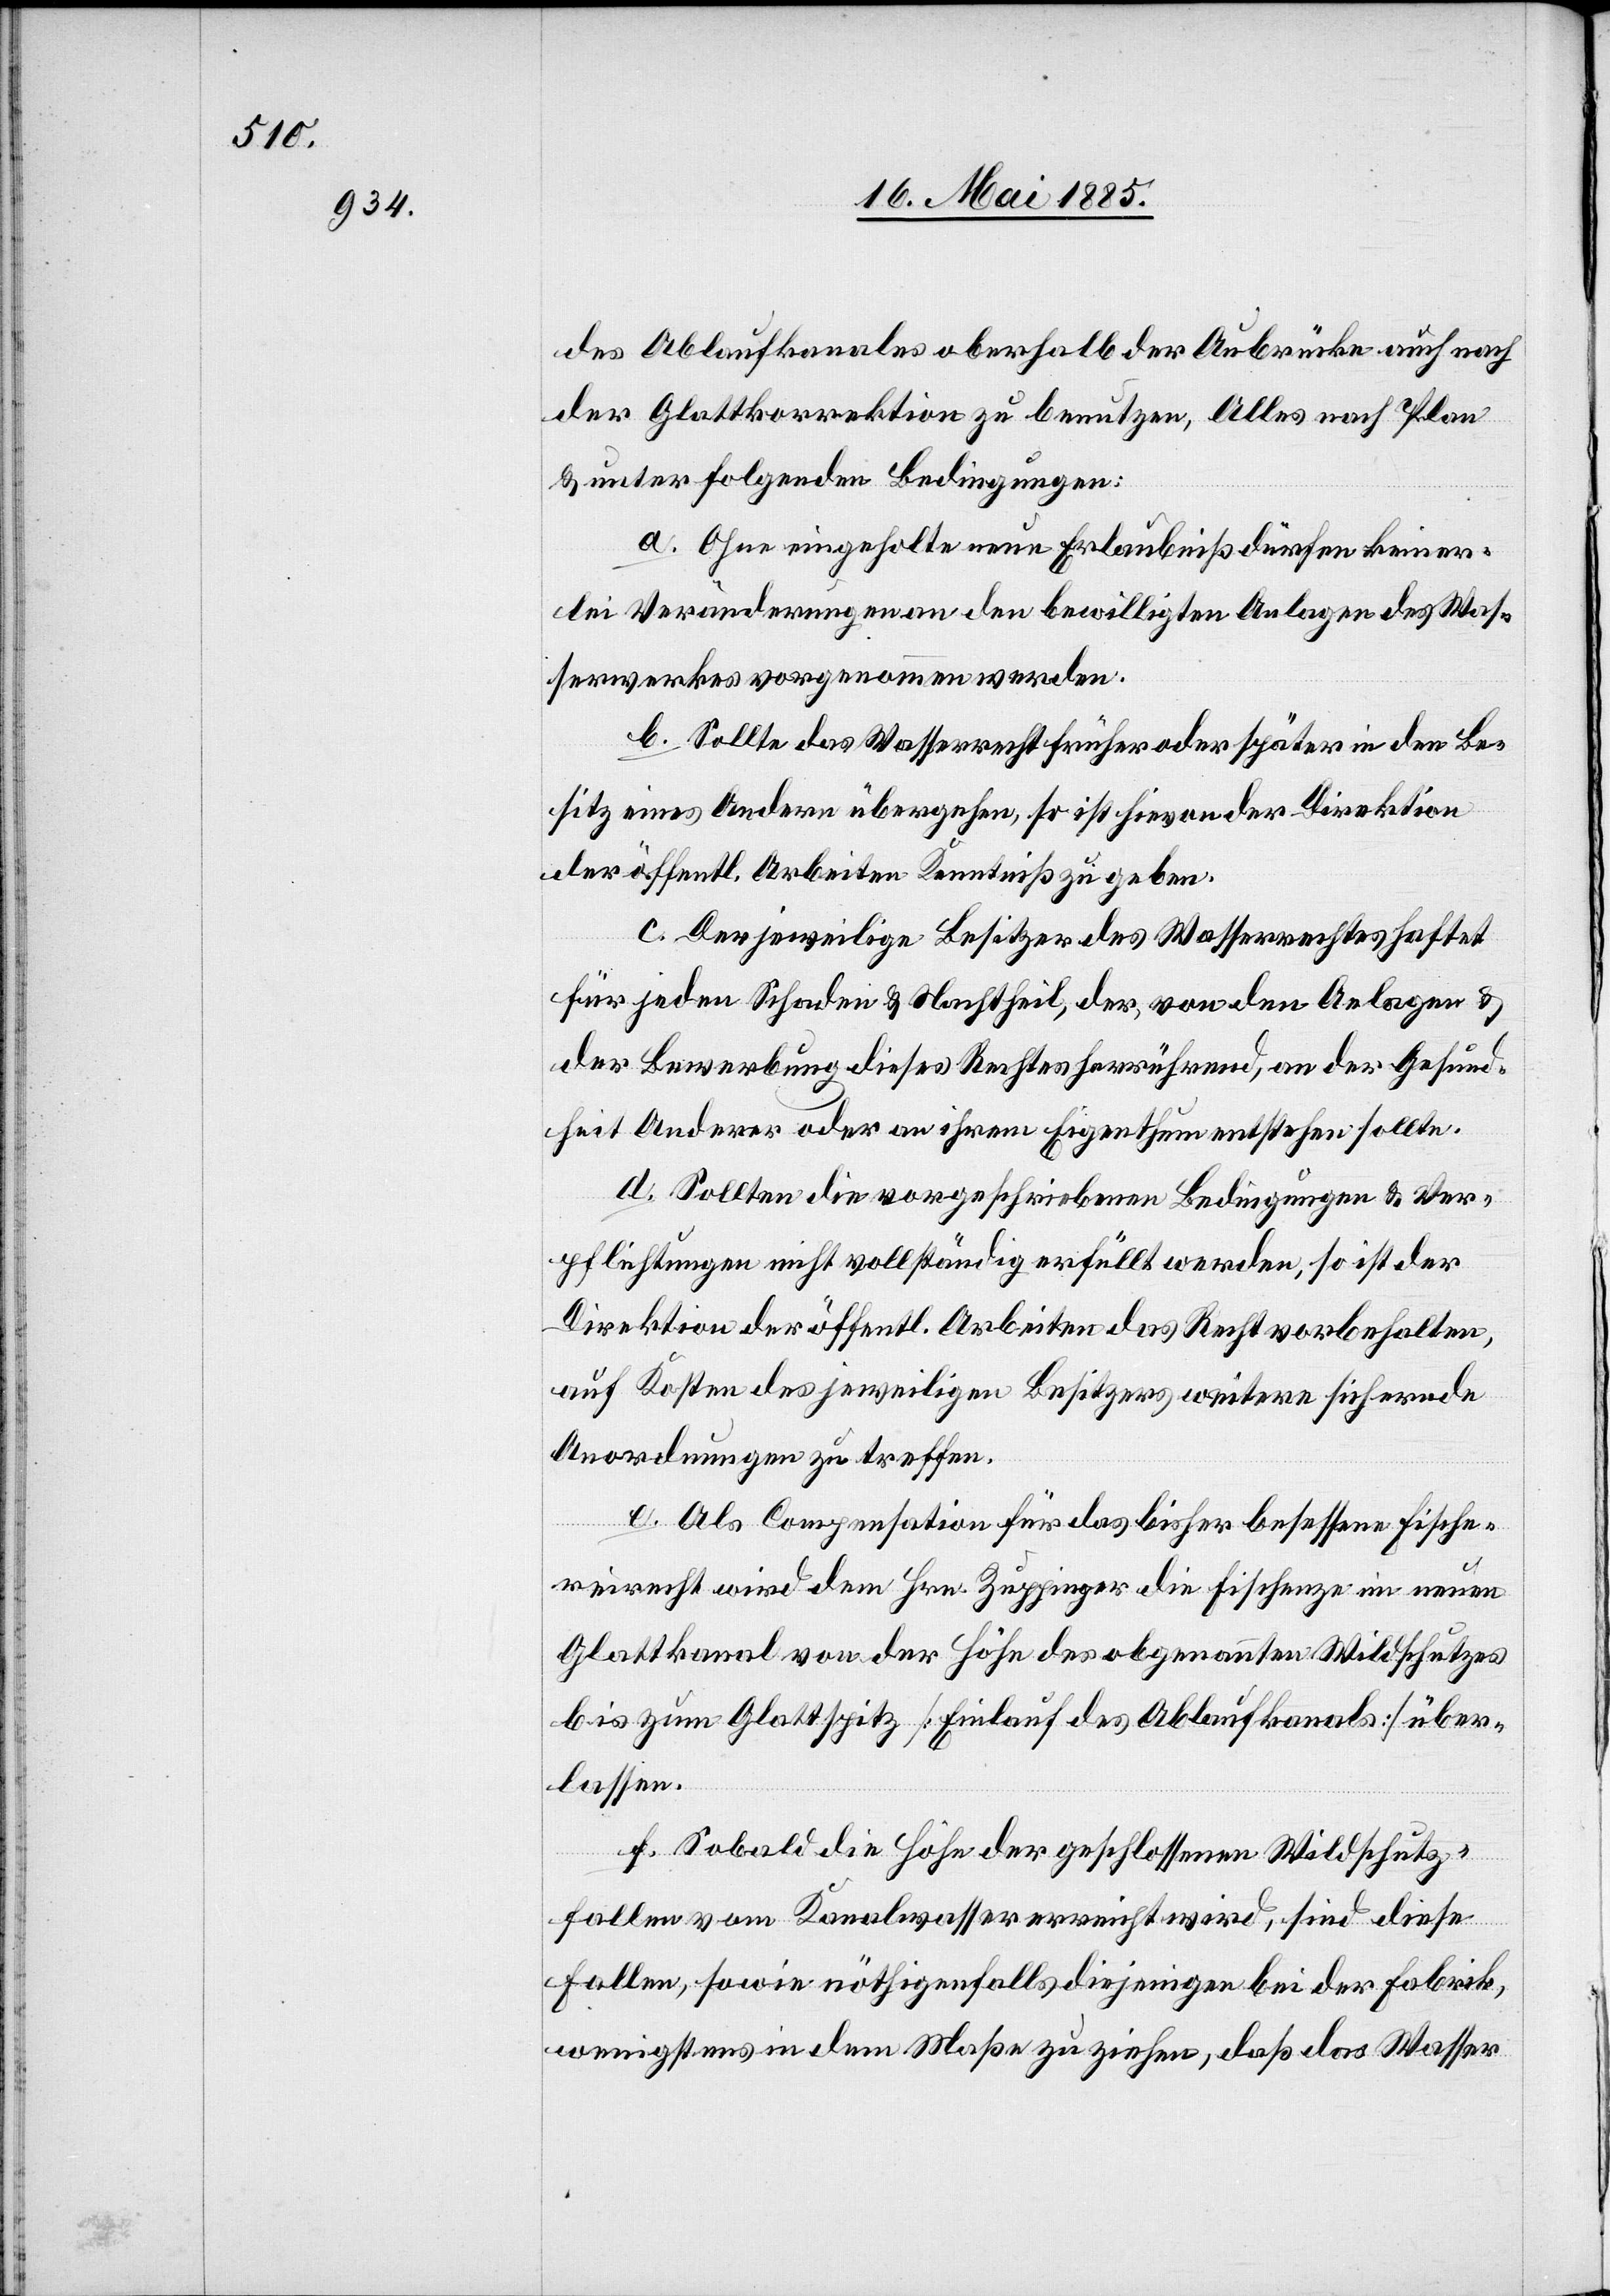
des Ablaufkanales oberhalb der Aubrücke auch nach
der Glattkorrektion zu benutzen, Alles nach Plan
& unter folgenden Bedingungen:
a. Ohne eingeholte neue Erlaubniß dürfen keiner¬
lei Veränderungen an den bewilligten Anlagen des Was¬
serwerkes vorgenommen werden.
b. Sollte das Wasserrecht früher oder später in den Be¬
sitz eines Andern übergehen, so ist hievon der Direktion
der öffentl. Arbeiten Kenntniß zu geben.
c. Der jeweilige Besitzer des Wasserrechtes haftet
für jeden Schaden & Nachtheil, der, von den Anlagen &
der Bewerbung dieses Rechtes herrührend, an der Gesund¬
heit Anderer oder an ihrem Eigenthum entstehen sollte.
d. Sollten die vorgeschriebenen Bedingungen & Ver¬
pflichtungen nicht vollständig erfüllt werden, so ist der
Direktion der öffentl. Arbeiten das Recht vorbehalten,
auf Kosten des jeweiligen Besitzers weitere sichernde
Anordnungen zu treffen.
e. Als Compensation für das bisher besessene Fische¬
reirecht wird dem Hrn. Zuppinger die Fischenze im neuen
Glattkanal von der Höhe des obgenannten Wildschutzes
bis zum Glattsitz [Einlauf des Ablaufkanals] über¬
lassen.
f. Sobald die Höhe der geschlossenen Wildschutz¬
fallen vom Kanalwasser erreicht wird, sind diese
Fallen, sowie nöthigenfalls diejenigen bei der Fabrik,
wenigstens in dem Maße zu ziehen, daß das Wasser